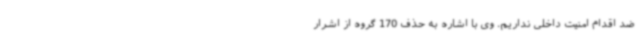
ضد اقدام امنیت داخلی نداریم. وی با اشاره به حذف 170 گروه از اشرار